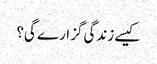
کیسے زندگی گزارے گی؟